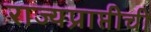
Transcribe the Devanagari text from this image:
राज्यप्राप्तीची